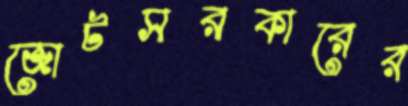
জোটসরকারের